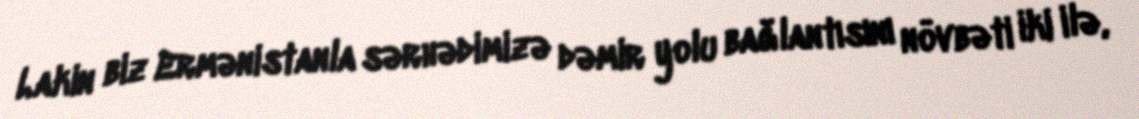
Lakin biz Ermənistanla sərhədimizə dəmir yolu bağlantısını növbəti iki ilə,